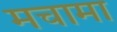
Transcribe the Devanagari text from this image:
मचामा